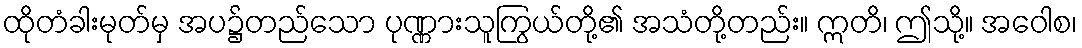
ထိုတံခါးမုတ်မှ အပ၌တည်သော ပုဏ္ဏားသူကြွယ်တို့၏ အသံတို့တည်း။ ဣတိ၊ ဤသို့။ အဝေါစ၊